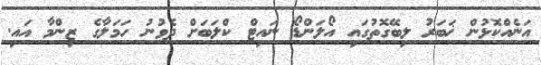
އަނެއްކޮޅުން ޚަބަރު ލިބޭގޮތުގައި އޯލަންޑޯ ނައިޓް ކްލަބަށް ދެވުނު ހަމަލާގެ ޒިންމާ އައި.